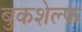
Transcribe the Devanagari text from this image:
बुकशेल्फ